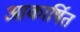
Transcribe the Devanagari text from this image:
आकार्षित